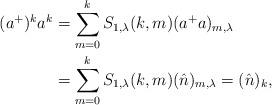
LaTeX: \begin{align*}(a^{+})^{k}a^{k}&=\sum_{m=0}^{k}S_{1,\lambda}(k,m)(a^{+}a)_{m,\lambda} \\&=\sum_{m=0}^{k}S_{1,\lambda}(k,m)(\hat{n})_{m,\lambda}=(\hat{n})_{k},\end{align*}